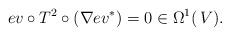
LaTeX: \begin{align*}ev \circ T^2 \circ \left(\nabla ev^{\ast}\right)=0 \in \Omega^1(\,V). \end{align*}